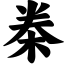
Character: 桊